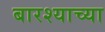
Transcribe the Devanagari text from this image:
बारश्याच्या